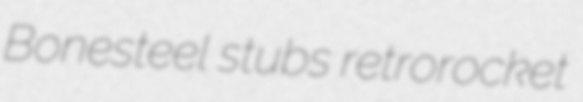
Bonesteel stubs retrorocket